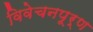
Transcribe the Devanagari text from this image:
विवेचनपूर्ण